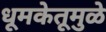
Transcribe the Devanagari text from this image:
धूमकेतूमुळे